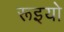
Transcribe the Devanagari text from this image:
रूइयो